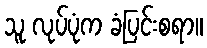
သူ လုပ်ပုံက ခံပြင်းစရာ။